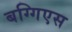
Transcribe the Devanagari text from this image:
बग्गिएस